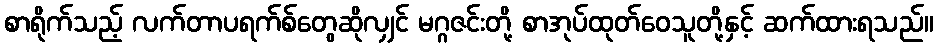
စာရိုက်သည့် လက်တာပရက်စ်တွေဆိုလျှင် မဂ္ဂဇင်းတို့ စာအုပ်ထုတ်ဝေသူတို့နှင့် ဆက်ထားရသည်။